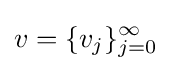
v=\{v_{j}\}_{j=0}^{\infty }